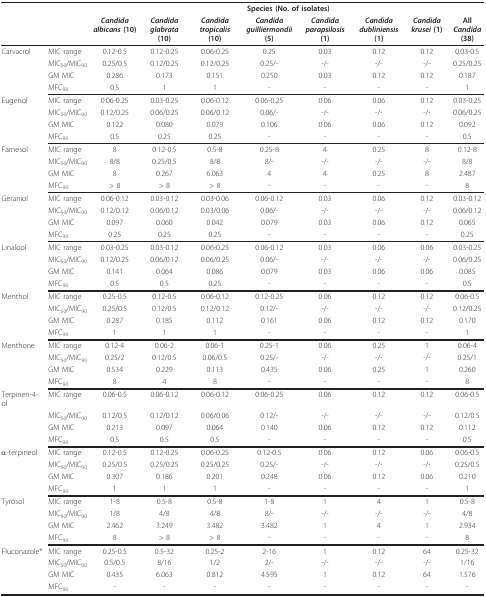
<table><thead><tr><td></td><td></td><td colspan="8"><b>Species (No. of isolates)</b></td></tr><tr><td></td><td></td><td><b><i>Candida albicans </i>(10)</b></td><td><b><i>Candida glabrata </i>(10)</b></td><td><b><i>Candida tropicalis </i>(10)</b></td><td><b><i>Candida guilliermondii </i>(5)</b></td><td><b><i>Candida parapsilosis </i>(1)</b></td><td><b><i>Candida dubliniensis </i>(1)</b></td><td><b><i>Candida krusei </i>(1)</b></td><td><b>All <i>Candida </i>(38)</b></td></tr></thead><tbody><tr><td>Carvacrol</td><td>MIC range</td><td>0.12-0.5</td><td>0.12-0.25</td><td>0.06-0.25</td><td>0.25</td><td>0.03</td><td>0.12</td><td>0.12</td><td>0.03-0.5</td></tr><tr><td></td><td>MIC<sub>50</sub>/MIC<sub>90</sub></td><td>0.25/0.5</td><td>0.12/0.25</td><td>0.12/0.25</td><td>0.25/-</td><td>-/-</td><td>-/-</td><td>-/-</td><td>0.25/0.25</td></tr><tr><td></td><td>GM MIC</td><td>0.286</td><td>0.173</td><td>0.151</td><td>0.250</td><td>0.03</td><td>0.12</td><td>0.12</td><td>0.187</td></tr><tr><td></td><td>MFC<sub>90</sub></td><td>0.5</td><td>1</td><td>1</td><td>-</td><td>-</td><td>-</td><td>-</td><td>1</td></tr><tr><td>Eugenol</td><td>MIC range</td><td>0.06-0.25</td><td>0.03-0.25</td><td>0.06-0.12</td><td>0.06-0.25</td><td>0.06</td><td>0.06</td><td>0.12</td><td>0.03-0.25</td></tr><tr><td></td><td>MIC<sub>50</sub>/MIC<sub>90</sub></td><td>0.12/0.25</td><td>0.06/0.25</td><td>0.06/0.12</td><td>0.06/-</td><td>-/-</td><td>-/-</td><td>-/-</td><td>0.06/0.25</td></tr><tr><td></td><td>GM MIC</td><td>0.122</td><td>0.080</td><td>0.079</td><td>0.106</td><td>0.06</td><td>0.06</td><td>0.12</td><td>0.092</td></tr><tr><td></td><td>MFC<sub>90</sub></td><td>0.5</td><td>0.25</td><td>0.25</td><td>-</td><td>-</td><td>-</td><td>-</td><td>0.5</td></tr><tr><td>Farnesol</td><td>MIC range</td><td>8</td><td>0.12-0.5</td><td>0.5-8</td><td>0.25-8</td><td>4</td><td>0.25</td><td>8</td><td>0.12-8</td></tr><tr><td></td><td>MIC<sub>50</sub>/MIC<sub>90</sub></td><td>8/8</td><td>0.25/0.5</td><td>8/8</td><td>8/-</td><td>-/-</td><td>-/-</td><td>-/-</td><td>8/8</td></tr><tr><td></td><td>GM MIC</td><td>8</td><td>0.267</td><td>6.063</td><td>4</td><td>4</td><td>0.25</td><td>8</td><td>2.487</td></tr><tr><td></td><td>MFC<sub>90</sub></td><td>&gt; 8</td><td>&gt; 8</td><td>&gt; 8</td><td>-</td><td>-</td><td>-</td><td>-</td><td>8</td></tr><tr><td>Geraniol</td><td>MIC range</td><td>0.06-0.12</td><td>0.03-0.12</td><td>0.03-0.06</td><td>0.06-0.12</td><td>0.03</td><td>0.06</td><td>0.12</td><td>0.03-0.12</td></tr><tr><td></td><td>MIC<sub>50</sub>/MIC<sub>90</sub></td><td>0.12/0.12</td><td>0.06/0.12</td><td>0.03/0.06</td><td>0.06/-</td><td>-/-</td><td>-/-</td><td>-/-</td><td>0.06/0.12</td></tr><tr><td></td><td>GM MIC</td><td>0.097</td><td>0.060</td><td>0.042</td><td>0.079</td><td>0.03</td><td>0.06</td><td>0.12</td><td>0.065</td></tr><tr><td></td><td>MFC<sub>90</sub></td><td>0.25</td><td>0.25</td><td>0.25</td><td>-</td><td>-</td><td>-</td><td>-</td><td>0.25</td></tr><tr><td>Linalool</td><td>MIC range</td><td>0.03-0.25</td><td>0.03-0.12</td><td>0.06-0.25</td><td>0.06-0.12</td><td>0.03</td><td>0.06</td><td>0.06</td><td>0.03-0.25</td></tr><tr><td></td><td>MIC<sub>50</sub>/MIC<sub>90</sub></td><td>0.12/0.25</td><td>0.06/0.12</td><td>0.06/0.25</td><td>0.06/-</td><td>-/-</td><td>-/-</td><td>-/-</td><td>0.06/0.25</td></tr><tr><td></td><td>GM MIC</td><td>0.141</td><td>0.064</td><td>0.086</td><td>0.079</td><td>0.03</td><td>0.06</td><td>0.06</td><td>0.085</td></tr><tr><td></td><td>MFC<sub>90</sub></td><td>0.5</td><td>0.5</td><td>0.25</td><td>-</td><td>-</td><td>-</td><td>-</td><td>0.5</td></tr><tr><td>Menthol</td><td>MIC range</td><td>0.25-0.5</td><td>0.12-0.5</td><td>0.06-0.12</td><td>0.12-0.25</td><td>0.06</td><td>0.12</td><td>0.12</td><td>0.06-0.5</td></tr><tr><td></td><td>MIC<sub>50</sub>/MIC<sub>90</sub></td><td>0.25/0.5</td><td>0.12/0.5</td><td>0.12/0.12</td><td>0.12/-</td><td>-/-</td><td>-/-</td><td>-/-</td><td>0.12/0.25</td></tr><tr><td></td><td>GM MIC</td><td>0.287</td><td>0.185</td><td>0.112</td><td>0.161</td><td>0.06</td><td>0.12</td><td>0.12</td><td>0.170</td></tr><tr><td></td><td>MFC<sub>90</sub></td><td>1</td><td>1</td><td>1</td><td>-</td><td>-</td><td>-</td><td>-</td><td>1</td></tr><tr><td>Menthone</td><td>MIC range</td><td>0.12-4</td><td>0.06-2</td><td>0.06-1</td><td>0.25-1</td><td>0.06</td><td>0.25</td><td>1</td><td>0.06-4</td></tr><tr><td></td><td>MIC<sub>50</sub>/MIC<sub>90</sub></td><td>0.25/2</td><td>0.12/0.5</td><td>0.06/0.5</td><td>0.25/-</td><td>-/-</td><td>-/-</td><td>-/-</td><td>0.25/1</td></tr><tr><td></td><td>GM MIC</td><td>0.534</td><td>0.229</td><td>0.113</td><td>0.435</td><td>0.06</td><td>0.25</td><td>1</td><td>0.260</td></tr><tr><td></td><td>MFC<sub>90</sub></td><td>8</td><td>4</td><td>8</td><td>-</td><td>-</td><td>-</td><td>-</td><td>8</td></tr><tr><td>Terpinen-4-ol</td><td>MIC range</td><td>0.06-0.5</td><td>0.06-0.12</td><td>0.06-0.12</td><td>0.06-0.25</td><td>0.06</td><td>0.12</td><td>0.12</td><td>0.06-0.5</td></tr><tr><td></td><td>MIC<sub>50</sub>/MIC<sub>90</sub></td><td>0.12/0.5</td><td>0.12/0.12</td><td>0.06/0.06</td><td>0.12/-</td><td>-/-</td><td>-/-</td><td>-/-</td><td>0.12/0.5</td></tr><tr><td></td><td>GM MIC</td><td>0.213</td><td>0.097</td><td>0.064</td><td>0.140</td><td>0.06</td><td>0.12</td><td>0.12</td><td>0.112</td></tr><tr><td></td><td>MFC<sub>90</sub></td><td>0.5</td><td>0.5</td><td>0.5</td><td>-</td><td>-</td><td>-</td><td>-</td><td>0.5</td></tr><tr><td>α-terpineol</td><td>MIC range</td><td>0.12-0.5</td><td>0.12-0.25</td><td>0.06-0.25</td><td>0.12-0.5</td><td>0.06</td><td>0.12</td><td>0.06</td><td>0.06-0.5</td></tr><tr><td></td><td>MIC<sub>50</sub>/MIC<sub>90</sub></td><td>0.25/0.5</td><td>0.25/0.25</td><td>0.25/0.25</td><td>0.25/-</td><td>-/-</td><td>-/-</td><td>-/-</td><td>0.25/0.5</td></tr><tr><td></td><td>GM MIC</td><td>0.307</td><td>0.186</td><td>0.201</td><td>0.248</td><td>0.06</td><td>0.12</td><td>0.06</td><td>0.210</td></tr><tr><td></td><td>MFC<sub>90</sub></td><td>1</td><td>1</td><td>1</td><td>-</td><td>-</td><td>-</td><td>-</td><td>1</td></tr><tr><td>Tyrosol</td><td>MIC range</td><td>1-8</td><td>0.5-8</td><td>0.5-8</td><td>1-8</td><td>1</td><td>4</td><td>1</td><td>0.5-8</td></tr><tr><td></td><td>MIC<sub>50</sub>/MIC<sub>90</sub></td><td>1/8</td><td>4/8</td><td>4/8</td><td>8/-</td><td>-/-</td><td>-/-</td><td>-/-</td><td>4/8</td></tr><tr><td></td><td>GM MIC</td><td>2.462</td><td>3.249</td><td>3.482</td><td>3.482</td><td>1</td><td>4</td><td>1</td><td>2.934</td></tr><tr><td></td><td>MFC<sub>90</sub></td><td>8</td><td>&gt; 8</td><td>&gt; 8</td><td>-</td><td>-</td><td>-</td><td>-</td><td>8</td></tr><tr><td>Fluconazole*</td><td>MIC range</td><td>0.25-0.5</td><td>0.5-32</td><td>0.25-2</td><td>2-16</td><td>1</td><td>0.12</td><td>64</td><td>0.25-32</td></tr><tr><td></td><td>MIC<sub>50</sub>/MIC<sub>90</sub></td><td>0.5/0.5</td><td>8/16</td><td>1/2</td><td>2/-</td><td>-/-</td><td>-/-</td><td>-/-</td><td>1/16</td></tr><tr><td></td><td>GM MIC</td><td>0.435</td><td>6.063</td><td>0.812</td><td>4.595</td><td>1</td><td>0.12</td><td>64</td><td>1.576</td></tr><tr><td></td><td>MFC<sub>90</sub></td><td>-</td><td>-</td><td>-</td><td>-</td><td>-</td><td>-</td><td>-</td><td>-</td></tr></tbody></table>